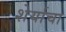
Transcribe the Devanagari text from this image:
शेर्याचा